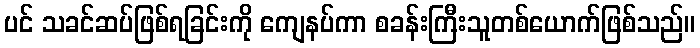
ပင် သခင်ဆပ်ဖြစ်ရခြင်းကို ကျေနပ်ကာ စခန်းကြီးသူတစ်ယောက်ဖြစ်သည်။